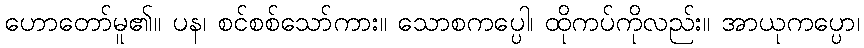
ဟောတော်မူ၏။ ပန၊ စင်စစ်သော်ကား။ သောစကပ္ပေါ၊ ထိုကပ်ကိုလည်း။ အာယုကပ္ပော၊